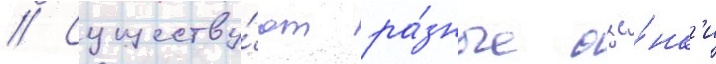
// Существу́ют ра́зные оце́нк'и